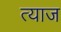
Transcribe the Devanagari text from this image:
त्याज